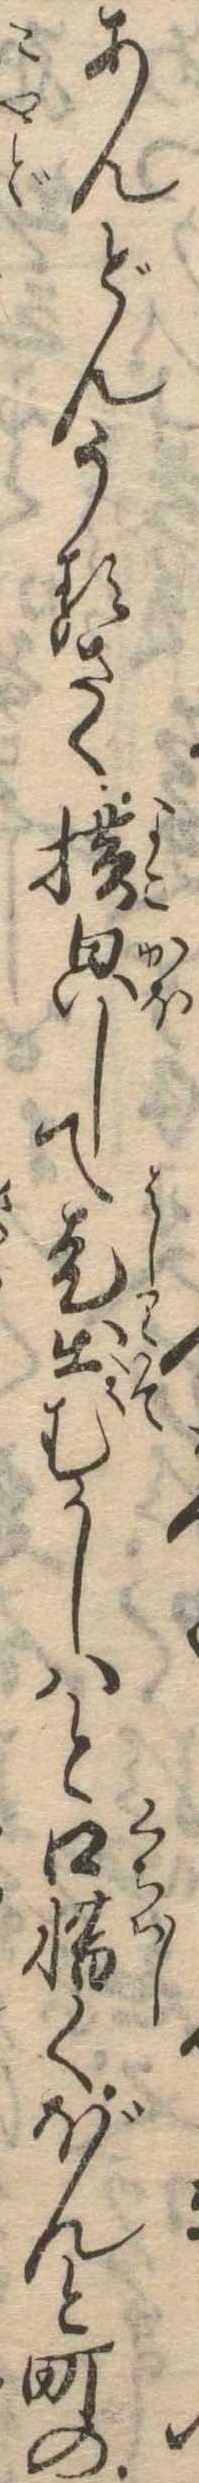
あんどんうるさく横して走出むかしはと口惜くぼんと町の